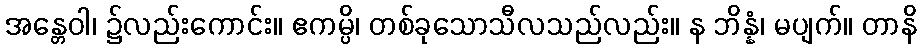
အန္တေဝါ၊ ၌လည်းကောင်း။ ဧကမ္ပိ၊ တစ်ခုသောသီလသည်လည်း။ န ဘိန္နံ၊ မပျက်။ တာနိ